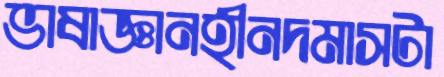
ভাষাজ্ঞানহীনদমাসটা